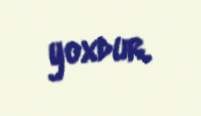
yoxdur.